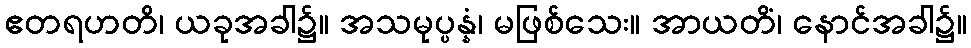
ဧတရဟတိ၊ ယခုအခါ၌။ အသမုပ္ပန္နံ၊ မဖြစ်သေး။ အာယတိံ၊ နောင်အခါ၌။